V__Kingissepa_nim__kolhoos, lk 60
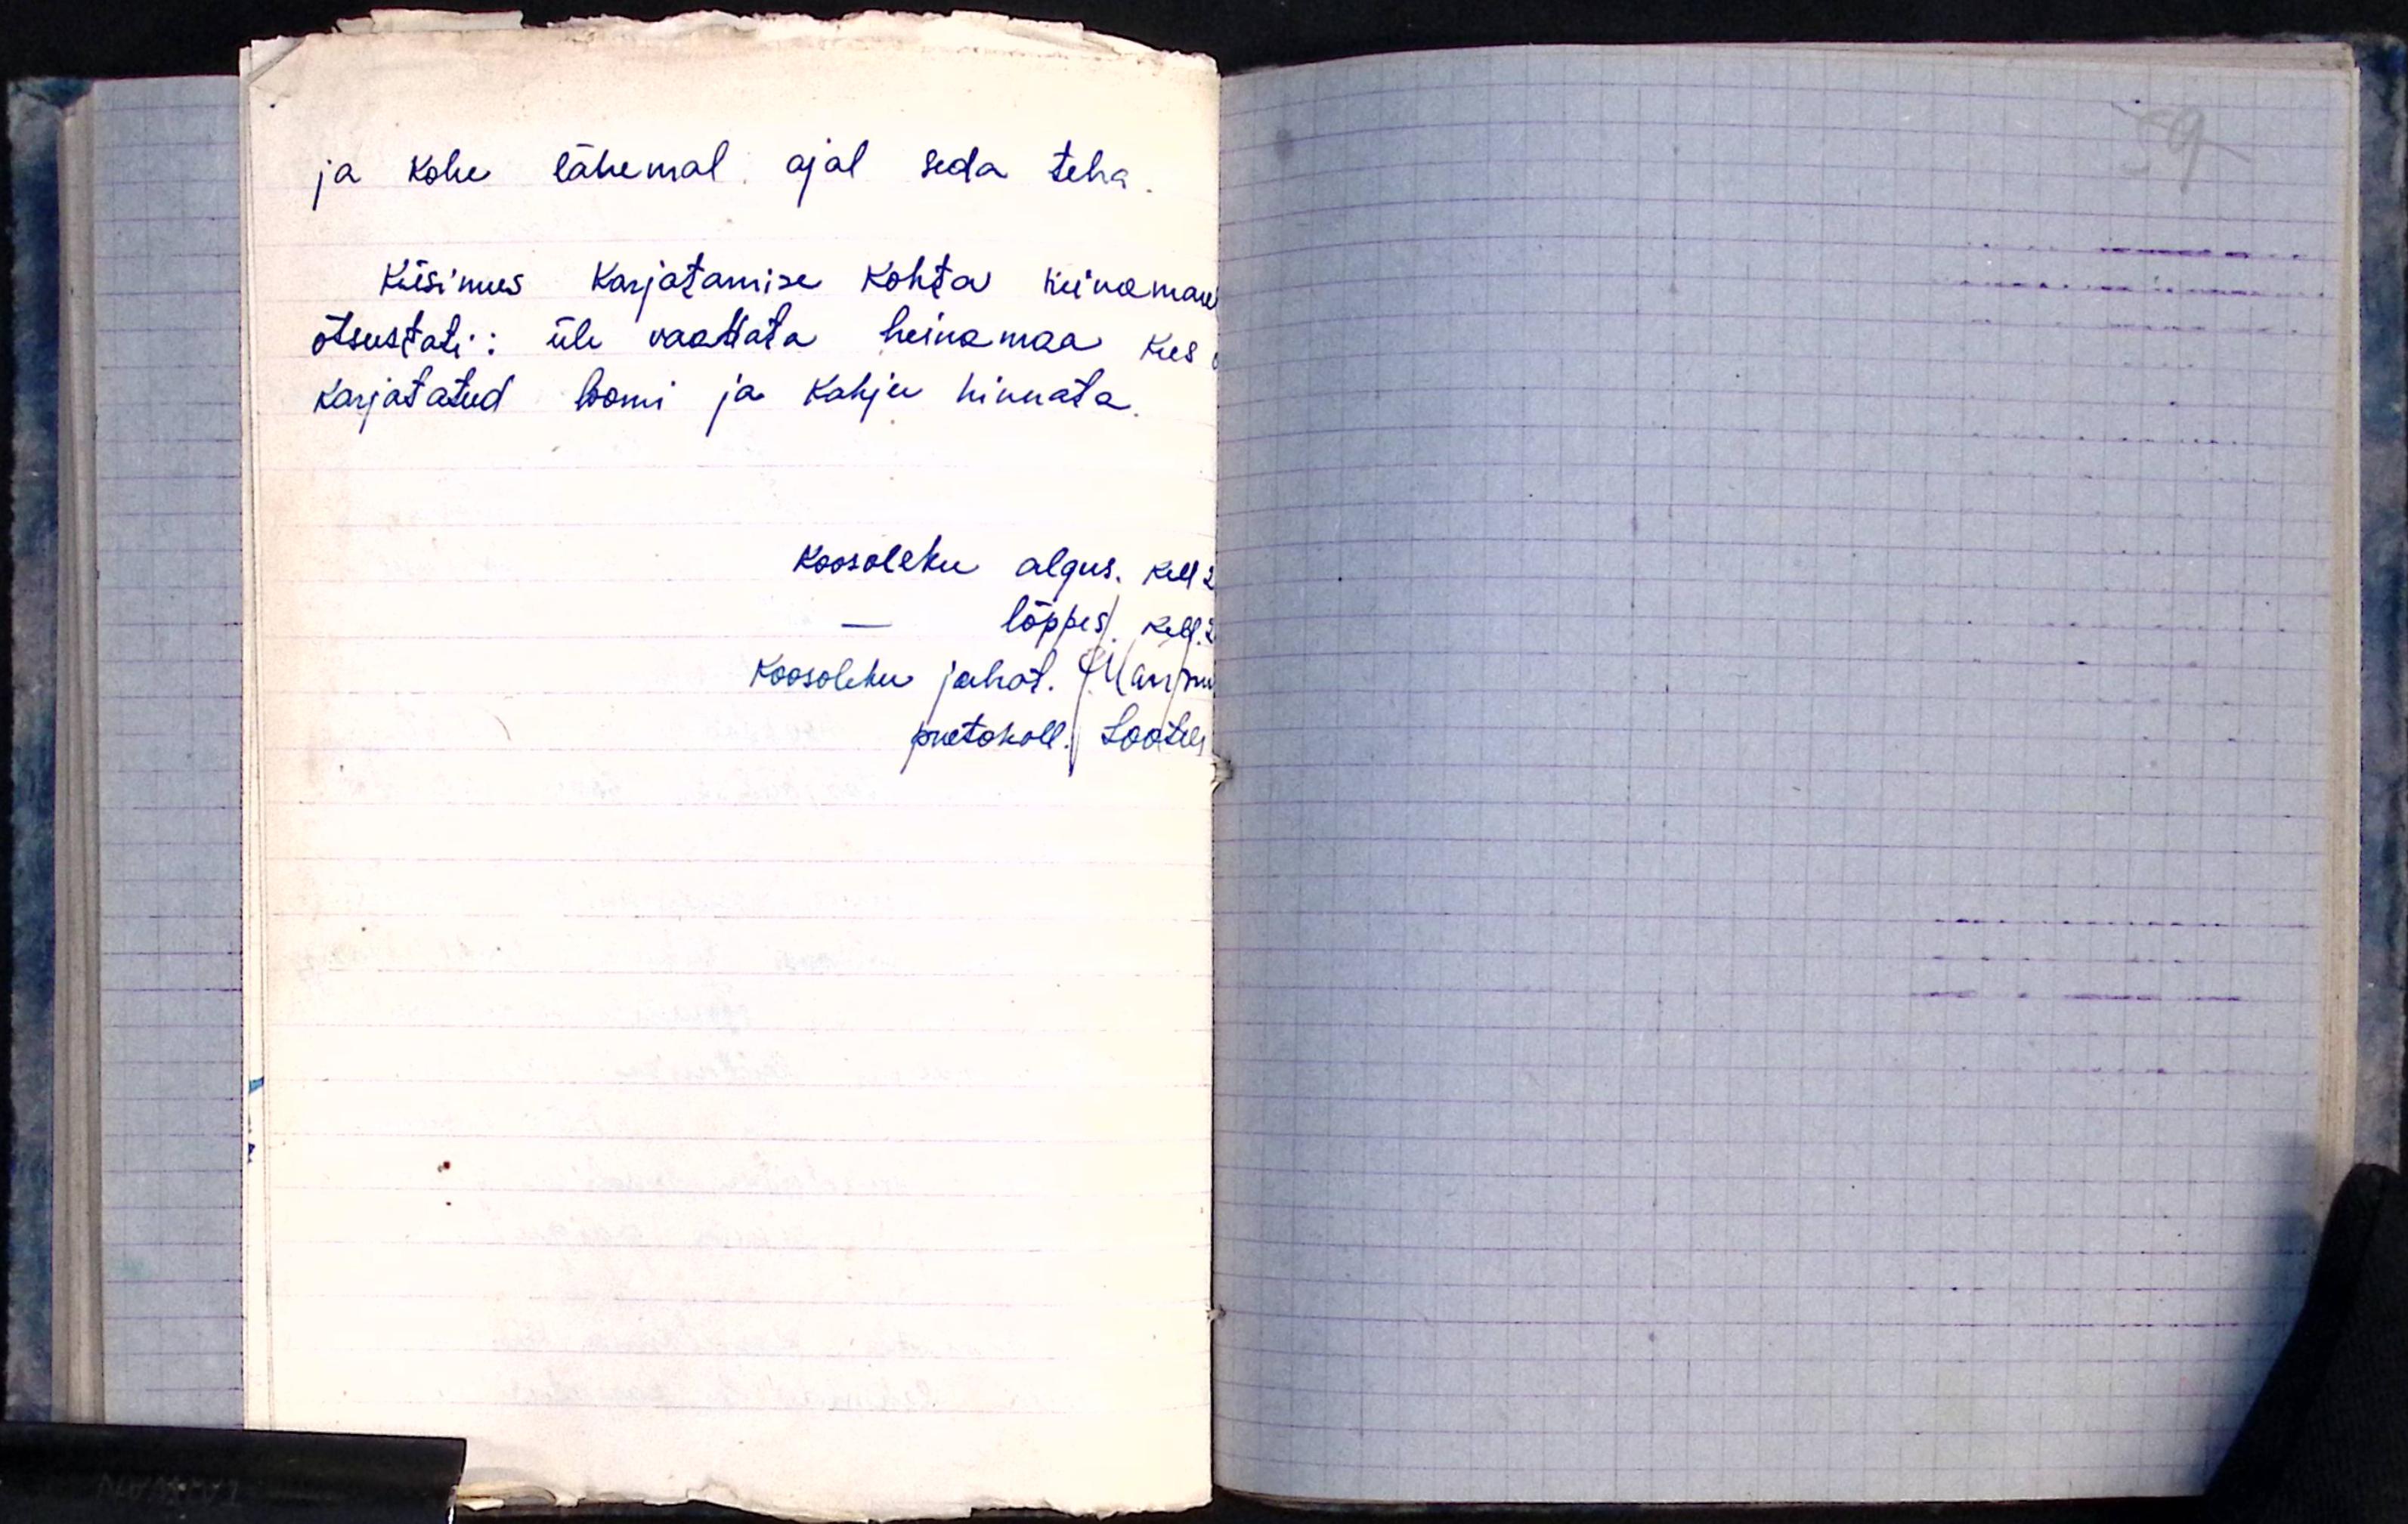
ja kohe lähemal ajal seda teha.
Küsimus Karjatamise kohta heinamaa
otsustati: üle vaadata heinamaa kus
karjatatud loomi ja Kahju hinnata.
Koosoleku algus. kell 2
lõppes kell. 2
Koosoleku juhat. Maripuu
protokoll. Lootus